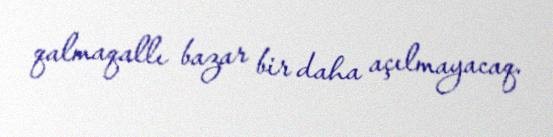
qalmaqallı bazar bir daha açılmayacaq.